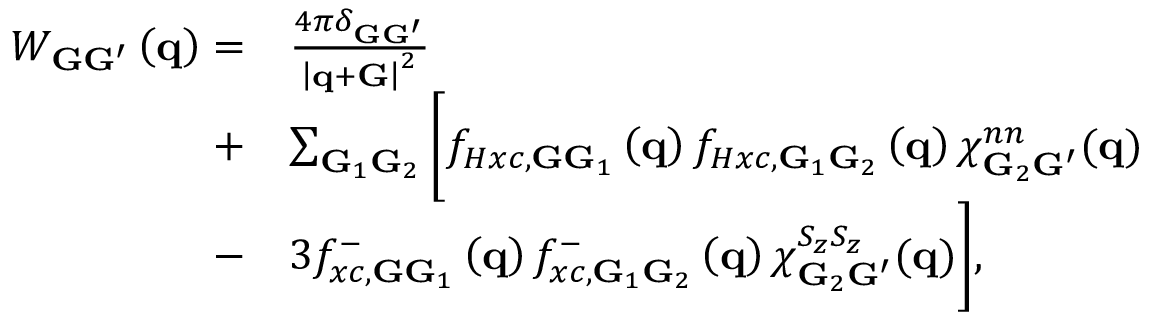
\begin{array} { r l } { W _ { { \bf G } { \bf G } ^ { \prime } } \left( { \bf q } \right) = } & { \frac { 4 \pi \delta _ { { \bf G } { \bf G } ^ { \prime } } } { \left| { \bf q } + { \bf G } \right| ^ { 2 } } } \\ { + } & { \sum _ { { \bf G } _ { 1 } { \bf G } _ { 2 } } \bigg [ f _ { H x c , \mathbf { G } \mathbf { G } _ { 1 } } \left( { \bf q } \right) f _ { H x c , \mathbf { G } _ { 1 } \mathbf { G } _ { 2 } } \left( { \bf q } \right) \chi _ { { \bf G } _ { 2 } { \bf G } ^ { \prime } } ^ { n n } ( { \bf q } ) } \\ { - } & { 3 f _ { x c , \mathbf { G } \mathbf { G } _ { 1 } } ^ { - } \left( { \bf q } \right) f _ { x c , \mathbf { G } _ { 1 } \mathbf { G } _ { 2 } } ^ { - } \left( { \bf q } \right) \chi _ { { \bf G } _ { 2 } { \bf G } ^ { \prime } } ^ { S _ { z } S _ { z } } ( { \bf q } ) \bigg ] , } \end{array}